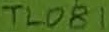
Text: TL081